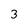
Character: 3